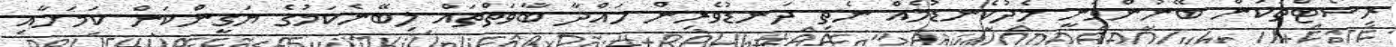
ރިސޯޓްތަކުން ބޭނުންވަނީ މެދުކެނޑުމެއް ނެތި ދަނޑުވެރިން ހައްދާ ބާވަތްތައް ލިބޭނެކަމުގެ ޔަގީންކަން ކަމަށާއި